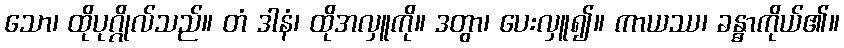
သော၊ ထိုပုဂ္ဂိုလ်သည်။ တံ ဒါနံ၊ ထိုအလှူကို။ ဒတွာ၊ ပေးလှူ၍။ ကာယဿ၊ ခန္ဓာကိုယ်၏။